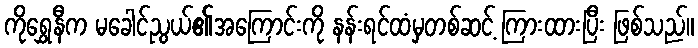
ကိုရွှေနီက မခေါင်ညွယ်၏အကြောင်းကို နန်းရင်ထံမှတစ်ဆင့် ကြားထားပြီး ဖြစ်သည်။